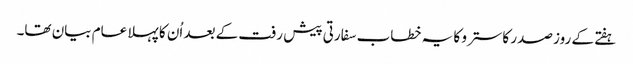
ہفتے کے روز صدر کاسترو کا یہ خطاب سفارتی پیش رفت کے بعد اُن کا پہلا عام بیان تھا۔